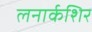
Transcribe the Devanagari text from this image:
लनार्कशिर